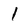
Character: 1